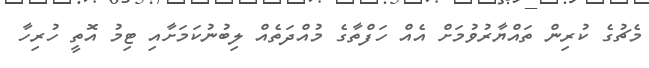
މެޗުގެ ކުރިން ތައްޔާރުވުމަށް އެއް ހަފްތާގެ މުއްދަތެއް ލިބުނުކަމަށާއި ޓިމު އޮތީ ހުރިހާ